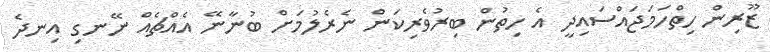
ޒޫރިން ހިތްހަމަޖައްސައިދީ އެ ހިތުން ބިރުވެރިކަން ނެރެލުމަށް ބުނާނޭ އެއްޗެއް ނޭނގި އިނދެ